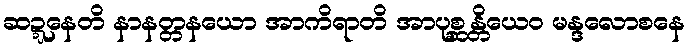
ဆဍ္ဍနေတိ နာနတ္တနယော အာကိရာတိ အာပုစ္ဆန္တိယေဝ မန္ဒလောစနေ